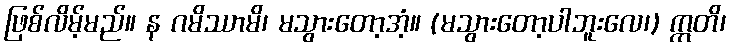
ဖြစ်လိမ့်မည်။ န ဂမိဿာမိ၊ မသွားတော့အံ့။ (မသွားတော့ပါဘူးလေ၊) ဣတိ၊